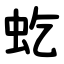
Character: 虼